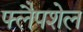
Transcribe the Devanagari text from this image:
फ्लैपशेल